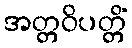
အတ္တဝိပတ္တိံ